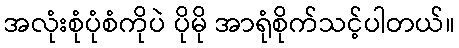
အလုံးစုံပုံစံကိုပဲ ပိုမို အာရုံစိုက်သင့်ပါတယ်။